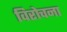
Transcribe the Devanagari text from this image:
विरोचना